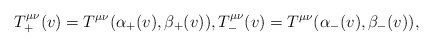
\begin{align*} T^{\mu\nu}_+(v)=T^{\mu\nu}(\alpha_+(v),\beta_+(v)),T^{\mu\nu}_-(v)=T^{\mu\nu}(\alpha_-(v),\beta_-(v)),\end{align*}